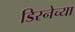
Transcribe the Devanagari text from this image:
डिस्नेच्या